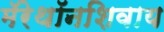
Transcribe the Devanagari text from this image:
मॅरेथॉनशिवाय